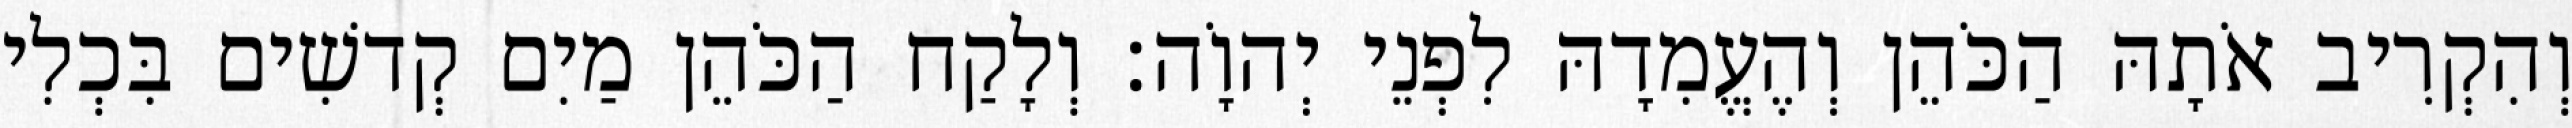
וְהִקְרִיב אֹתָהּ הַכֹּהֵן וְהֶעֱמִדָהּ לִפְנֵי יְהוָֹה׃ וְלָקַח הַכֹּהֵן מַיִם קְדשִׁים בִּכְלִי